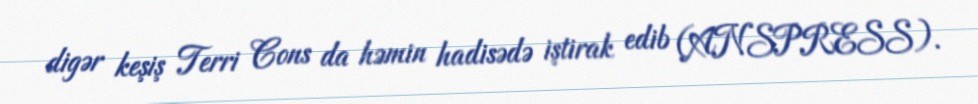
digər keşiş Terri Cons da həmin hadisədə iştirak edib (ANSPRESS).